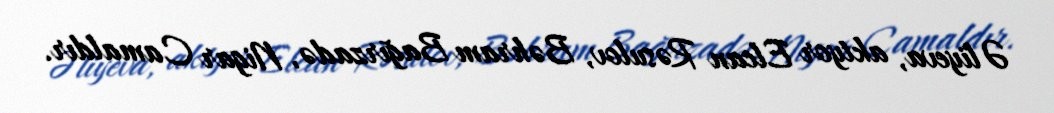
Əliyeva, aktyor Elcan Rəsulov, Bəhram Bağırzadə, Nigar Camaldır.